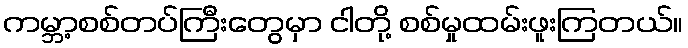
ကမ္ဘာ့စစ်တပ်ကြီးတွေမှာ ငါတို့ စစ်မှုထမ်းဖူးကြတယ်။